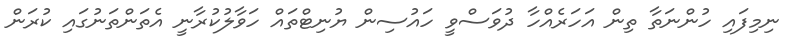
ނިމިފައި ހުންނަތާ ތިން އަހަރެއްހާ ދުވަސްވީ ހައުސިން ޔުނިޓްތައް ހަވާލުކުރާނީ އެތަންތަނުގައި ކުރަން